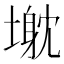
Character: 𱗰